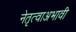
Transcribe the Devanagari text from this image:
नेतृत्वाअभावी